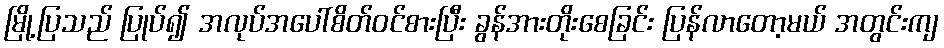
မြို့ပြသည် ပြုပ်၍ အလုပ်အပေါ်စိတ်ဝင်စားပြီး ခွန်အားတိုးစေခြင်း ပြန်လာတော့မယ် အတွင်းကျ